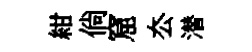
紺倘窟厺潜